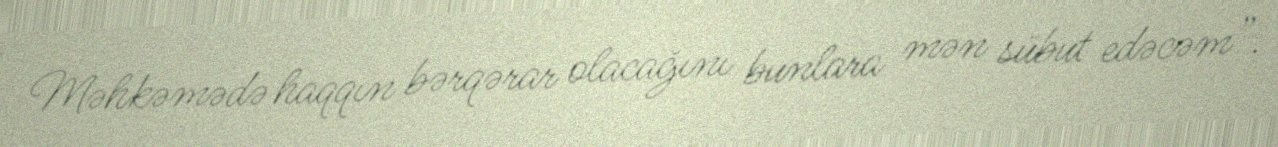
Məhkəmədə haqqın bərqərar olacağını bunlara mən sübut edəcəm”.